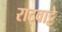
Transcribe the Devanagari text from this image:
राट्वाट्टे